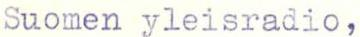
Suomen yleisradio,